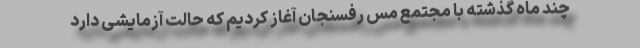
چند ماه گذشته با مجتمع مس رفسنجان آغاز کردیم که حالت آزمایشی دارد